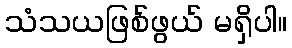
သံသယဖြစ်ဖွယ် မရှိပါ။